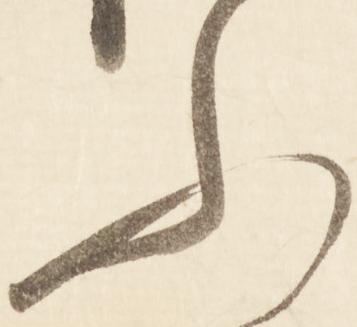
ふ